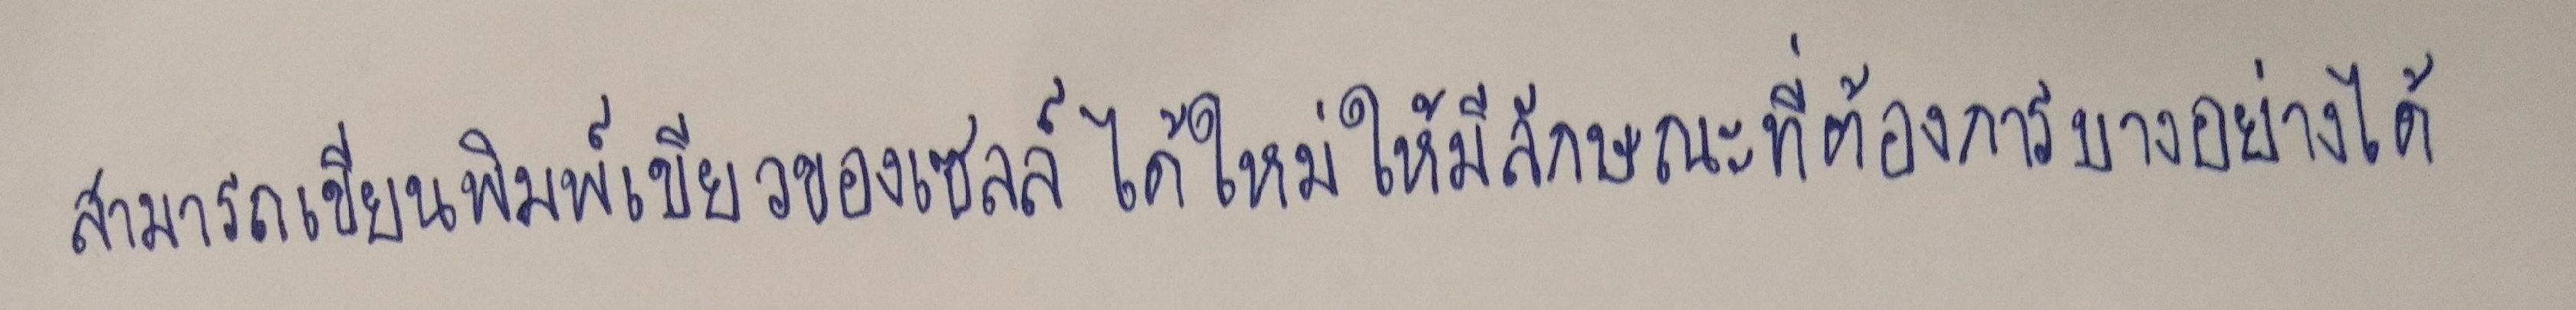
สามารถเขียนพิมพ์เขียวของเซลล์ได้ใหม่ให้มีลักษณะที่ต้องการบางอย่างได้